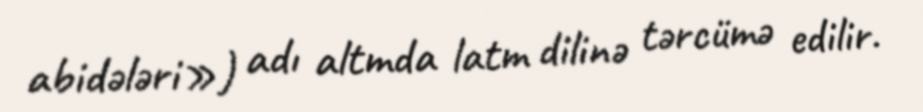
abidələri») adı altmda latm dilinə tərcümə edilir.